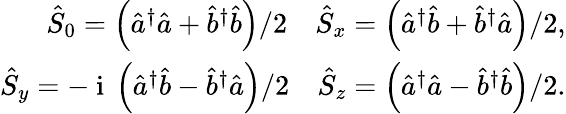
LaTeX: \begin{array}{r}{\hat{S}_{0}=\left(\hat{a}^{\dagger}\hat{a}+\hat{b}^{\dagger}\hat{b}\right)/2\quad\hat{S}_{x}=\left(\hat{a}^{\dagger}\hat{b}+\hat{b}^{\dagger}\hat{a}\right)/2,}\\ {\hat{S}_{y}=-\mathrm{~i~}\left(\hat{a}^{\dagger}\hat{b}-\hat{b}^{\dagger}\hat{a}\right)/2\quad\hat{S}_{z}=\left(\hat{a}^{\dagger}\hat{a}-\hat{b}^{\dagger}\hat{b}\right)/2.}\end{array}